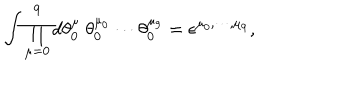
LaTeX: \int \prod _ { \mu = 0 } ^ { 9 } d \theta _ { 0 } ^ { \mu } ~ \theta _ { 0 } ^ { \mu _ { 0 } } \cdots \theta _ { 0 } ^ { \mu _ { 9 } } = \epsilon ^ { \mu _ { 0 } , \cdots , \mu _ { 9 } } ,